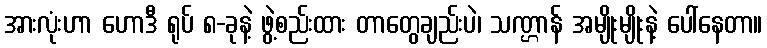
အားလုံးဟာ ဟောဒီ ရုပ် ၈-ခုနဲ့ ဖွဲ့စည်းထား တာတွေချည်းပဲ၊ သဏ္ဌာန် အမျိုးမျိုးနဲ့ ပေါ်နေတာ။